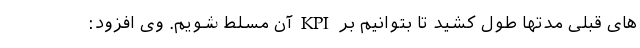
های قبلی مدتها طول کشید تا بتوانیم بر KPI آن مسلط شویم. وی افزود: